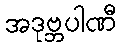
အဒုဗ္ဘပါဏီ